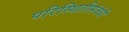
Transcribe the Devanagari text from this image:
परिस्थितीसंबंधी